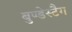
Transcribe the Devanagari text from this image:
बुण्डेस्टैग